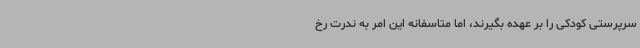
سرپرستی کودکی را بر عهده بگیرند، اما متاسفانه این امر به ندرت رخ